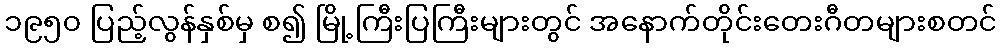
၁၉၅၀ ပြည့်လွန်နှစ်မှ စ၍ မြို့ကြီးပြကြီးများတွင် အနောက်တိုင်းတေးဂီတများစတင်